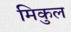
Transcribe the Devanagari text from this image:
मिकुल